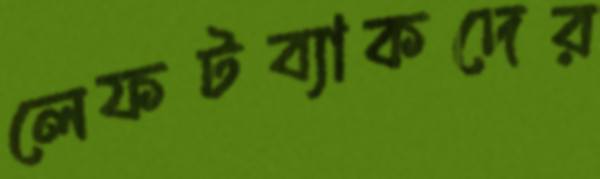
লেফটব্যাকদের